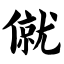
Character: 僦